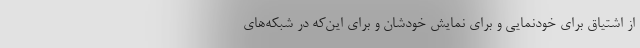
از اشتیاق برای خودنمایی و برای نمایش خودشان و برای این‌که در شبکه‌های